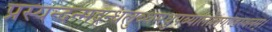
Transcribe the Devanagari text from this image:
प्रस्यन्दन्मद्गन्धलुब्धमधुपब्यालोलगण्डस्थलम्।